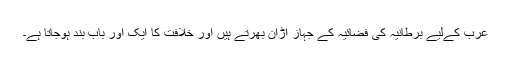
عرب کےلیے برطانیہ کی فضائیہ کے جہاز اڑان بھرتے ہیں اور خلافت کا ایک اور باب بند ہوجاتا ہے۔